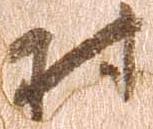
村